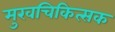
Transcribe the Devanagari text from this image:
मुखचिकित्सक